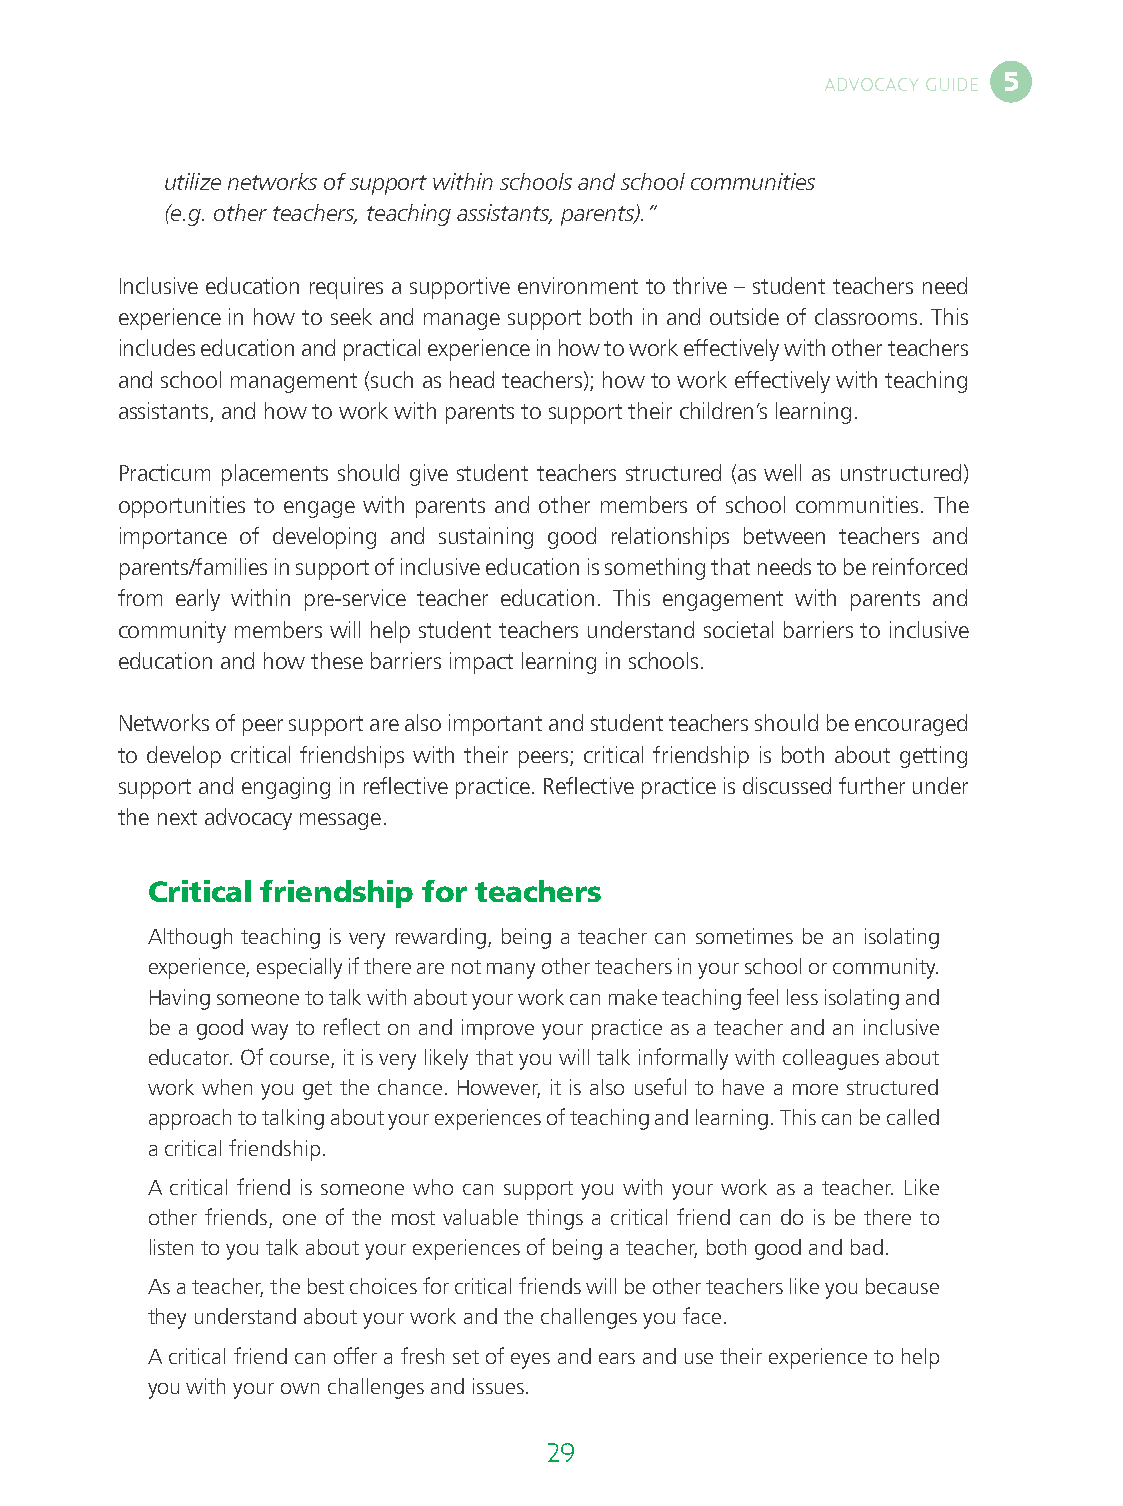
5
 ADVOCACY GUIDE
 utilize networks of support within schools and school communities
 (e.g. other teachers, teaching assistants, parents).”
 Inclusive education requires a supportive environment to thrive – student teachers need
 experience in how to seek and manage support both in and outside of classrooms. This
 includes education and practical experience in how to work effectively with other teachers
 and school management (such as head teachers); how to work effectively with teaching
 assistants, and how to work with parents to support their children’s learning.
 Practicum placements should give student teachers structured (as well as unstructured)
 opportunities to engage with parents and other members of school communities. The
 importance of developing and sustaining good relationships between teachers and
 parents/families in support of inclusive education is something that needs to be reinforced
 from early within pre-service teacher education. This engagement with parents and
 community members will help student teachers understand societal barriers to inclusive
 education and how these barriers impact learning in schools.
 Networks of peer support are also important and student teachers should be encouraged
 to develop critical friendships with their peers; critical friendship is both about getting
 support and engaging in reflective practice. Reflective practice is discussed further under
 the next advocacy message.
 Critical friendship for teachers
 Although teaching is very rewarding, being a teacher can sometimes be an isolating
 experience, especially if there are not many other teachers in your school or community.
 Having someone to talk with about your work can make teaching feel less isolating and
 be a good way to reflect on and improve your practice as a teacher and an inclusive
 educator. Of course, it is very likely that you will talk informally with colleagues about
 work when you get the chance. However, it is also useful to have a more structured
 approach to talking about your experiences of teaching and learning. This can be called
 a critical friendship.
 A critical friend is someone who can support you with your work as a teacher. Like
 other friends, one of the most valuable things a critical friend can do is be there to
 listen to you talk about your experiences of being a teacher, both good and bad.
 As a teacher, the best choices for critical friends will be other teachers like you because
 they understand about your work and the challenges you face.
 A critical friend can offer a fresh set of eyes and ears and use their experience to help
 you with your own challenges and issues.
 28                                  29